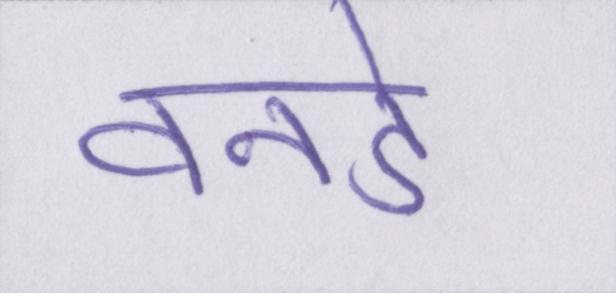
वनडे